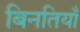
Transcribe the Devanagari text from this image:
बिनतियाँ